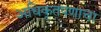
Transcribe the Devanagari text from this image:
अधिकृतपणाचा